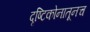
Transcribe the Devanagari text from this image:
दृष्टिकोनातूनच